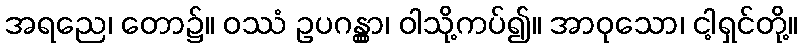
အရညေ၊ တော၌။ ဝဿံ ဥပဂန္တွာ၊ ဝါသို့ကပ်၍။ အာဝုသော၊ ငါ့ရှင်တို့။